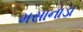
મસાનાડા